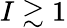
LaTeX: I\gtrsim 1